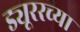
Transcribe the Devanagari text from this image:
ड्यूररच्या